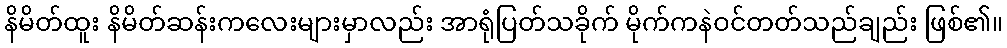
နိမိတ်ထူး နိမိတ်ဆန်းကလေးများမှာလည်း အာရုံပြတ်သခိုက် မိုက်ကနဲဝင်တတ်သည်ချည်း ဖြစ်၏။